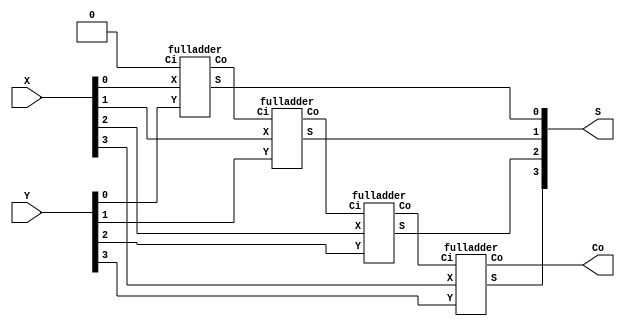
module ripple_adder(X, Y, S, Co);
 input [3:0] X, Y;
 output [3:0] S;
 output Co;
 wire w1, w2, w3;

 fulladder u1(.X(X[0]), .Y(Y[0]), .Ci(1'b0), .S(S[0]), .Co(w1));
 fulladder u2(.X(X[1]), .Y(Y[1]), .Ci(w1), .S(S[1]), .Co(w2));
 fulladder u3(.X(X[2]), .Y(Y[2]), .Ci(w2), .S(S[2]), .Co(w3));
 fulladder u4(.X(X[3]), .Y(Y[3]), .Ci(w3), .S(S[3]), .Co(Co));
endmodule

module fulladder(X, Y, Ci, S, Co);
  input X, Y, Ci;
  output S, Co;
  wire w1,w2,w3;


  xor G1(w1, X, Y);
  xor G2(S, w1, Ci);
  and G3(w2, w1, Ci);
  and G4(w3, X, Y);
  or G5(Co, w2, w3);
endmodule